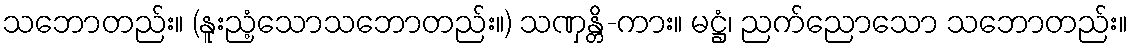
သဘောတည်း။ (နူးညံ့သောသဘောတည်း။) သဏှန္တိ-ကား။ မဋ္ဌံ၊ ညက်ညောသော သဘောတည်း။